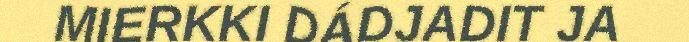
MIERKKI DÁDJADIT JA